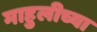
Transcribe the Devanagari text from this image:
माहुलीच्या